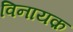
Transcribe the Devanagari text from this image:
विनायक़